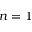
n = 1